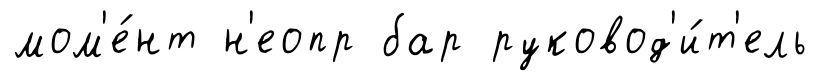
мом'е́нт н'еопр бар руковод'и́т'ель